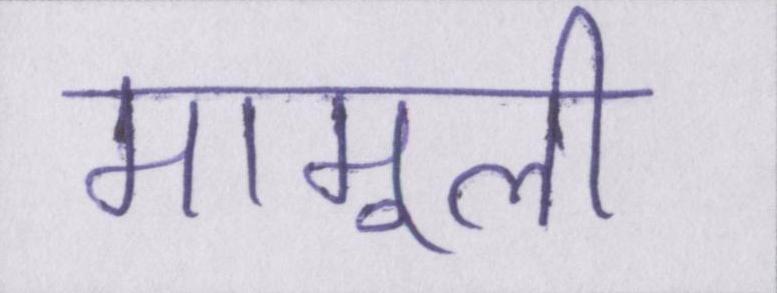
मामूली